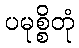
ပမုစ္စိတုံ